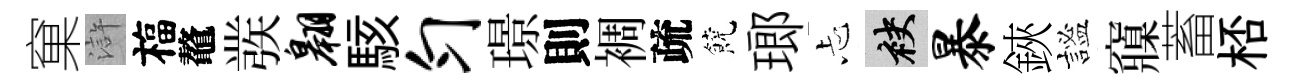
窠滸福鼇彂翱駭匀璟則裯疏饒瑯忐袂暴鋏謐䆿蓄桮